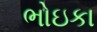
ભોઇકા